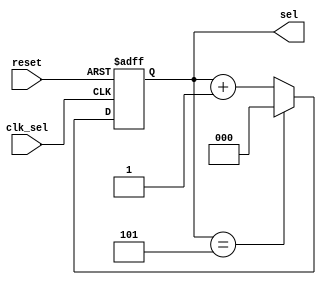
module count6(clk_sel, reset, sel);
	input clk_sel, reset;
	output [2:0] sel;
	reg [2:0] sel;
	always @(posedge clk_sel or posedge reset) begin
		if (reset)
			sel <= 3'b0;
		else if(sel == 3'b101)
			sel <= 3'b0;
		else
			sel <= sel + 1'b1;
	end
endmodule